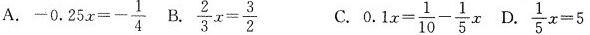
A.- $$ -0.25 x = - \frac { 1 } { 4 }$$ B. $$\frac { 2 } { 3 } x = \frac { 3 } { 2 }$$ C. $$0.1 x =